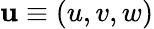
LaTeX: \mathbf{u}\equiv(u,v,w)